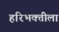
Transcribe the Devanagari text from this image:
हरिभक्तीला